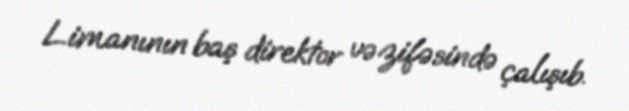
Limanının baş direktor vəzifəsində çalışıb.